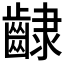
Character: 𮯊